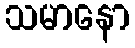
သမာနော